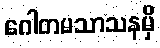
ဂေါတမသာသနမှိ